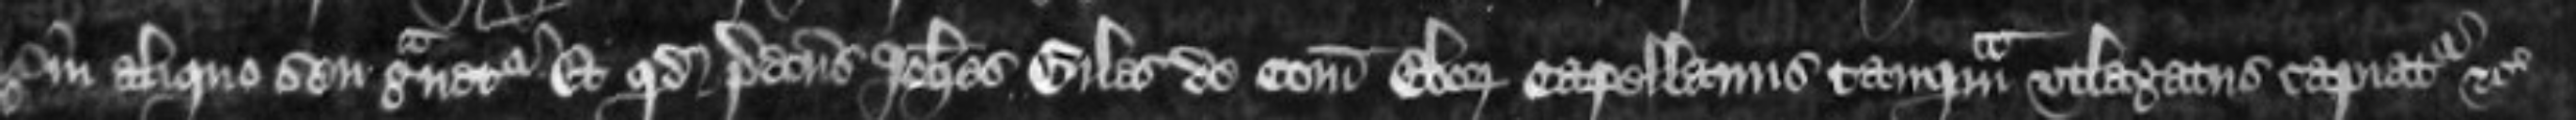
in aliquo seu gravetur Et quod predictus Johannes Giles de Comitatu Eboraci Capellanus tanquam utlagatus capiatur etc